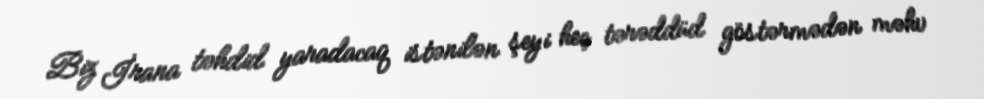
Biz İrana təhdid yaradacaq istənilən şeyi heç tərəddüd göstərmədən məhv